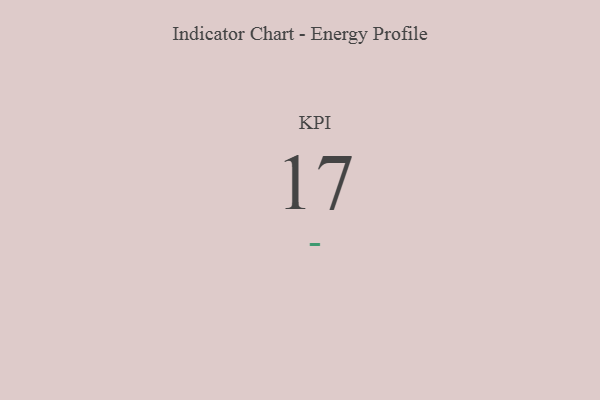
{"axis": {"x": "KPI", "y": "Value"}, "legend": [""], "data": [{"x": "KPI", "y": 17, "type": ""}]}